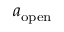
a _ { \mathrm { o p e n } }